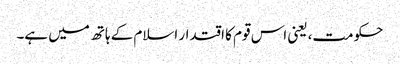
حکومت، یعنی اس قوم کا اقتدار اسلام کے ہاتھ میں ہے۔